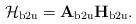
LaTeX: \begin{align*}\mathcal{H}_{\mathrm{b2u}} = \mathbf{A}_{\mathrm{b2u}} \mathbf{H}_{\mathrm{b2u}}. \end{align*}